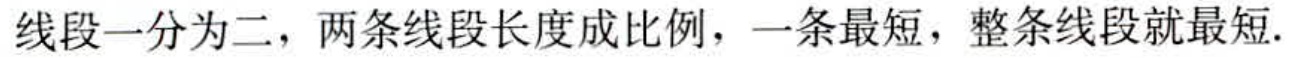
线段一分为二，两条线段长度成比例，一条最短，整条线段就最短.